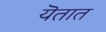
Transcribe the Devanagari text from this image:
यॆतात